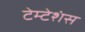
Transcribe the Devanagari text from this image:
टेम्टेशंस